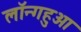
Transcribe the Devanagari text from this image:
लॉन्गहुआ